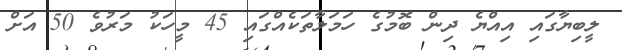
ލީބިޔާގައި އިއްޔެ ދިން ބޮމުގެ ހަމަލާތަކެއްގައި 45 މީހަކު މަރުވެ 50 އަށް